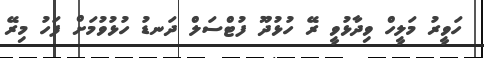
ހަވީރު މަލީހް ވިދާޅުވީ ރޭ ހުޅުދޫ ފުޓްސަލް ދަނޑު ހުޅުވުމަށް ފަހު މިރޭ